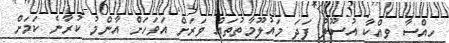
ހިއްސާ ވިއްކާ އުސޫލު ފަދަ މައުލޫމާތުތައް ވަރަށް އަވަހަށް އާންމު ކުރާނެ ކަމަށް